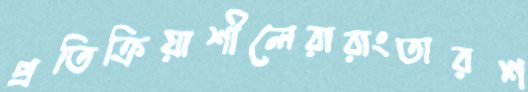
প্রতিক্রিয়াশীলেরারাংতারশ